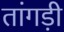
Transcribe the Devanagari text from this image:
तांगड़ी